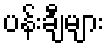
ပန်းချီများ